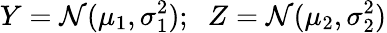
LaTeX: Y=\mathcal{N}(\mu_{1},\sigma_{1}^{2});\; \; Z=\mathcal{N}(\mu_{2},\sigma_{2}^{2})